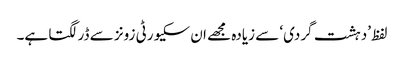
لفظ ’دہشت گردی‘ سے زیادہ مجھے ان سکیورٹی زونز سے ڈر لگتا ہے۔